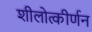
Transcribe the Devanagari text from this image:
शीलोत्कीर्णन